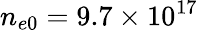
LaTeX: n_{e0}=9.7\times 10^{17}